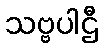
သဗ္ဗပါဌီ